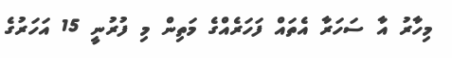
މިހާރު އާ ސަހަރާ އެތައް ފަހަރެއްގެ މަތިން މި ފުރުނީ 15 އަހަރުގެ